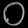
Digit: ၀